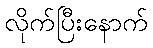
လိုက်ပြီးနောက်